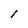
Character: l